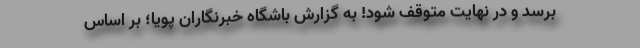
برسد و در نهایت متوقف شود! به گزارش باشگاه خبرنگاران پویا؛ بر اساس